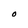
Character: O